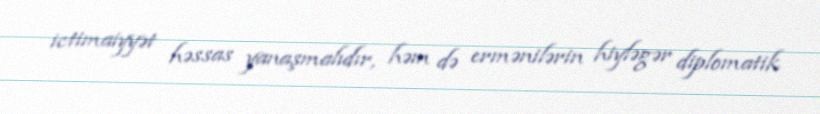
ictimaiyyət həssas yanaşmalıdır, həm də ermənilərin hiyləgər diplomatik